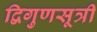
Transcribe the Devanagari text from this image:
द्विगुणसूत्री